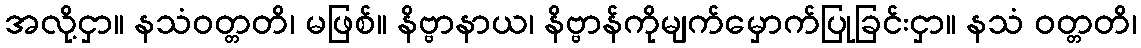
အလို့ငှာ။ နသံဝတ္တတိ၊ မဖြစ်။ နိဗ္ဗာနာယ၊ နိဗ္ဗာန်ကိုမျက်မှောက်ပြုခြင်းငှာ။ နသံ ဝတ္တတိ၊